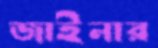
জাইনার